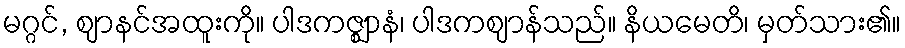
မဂ္ဂင်, ဈာနင်အထူးကို။ ပါဒကဇ္ဈာနံ၊ ပါဒကဈာန်သည်။ နိယမေတိ၊ မှတ်သား၏။